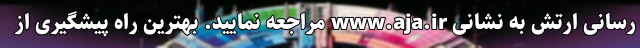
رسانی ارتش به نشانی www.aja.ir مراجعه نمایید. بهترین راه پیشگیری از